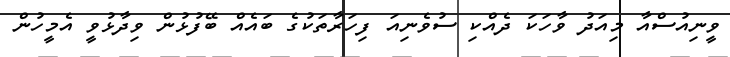
ވީނިއުސްއާ މިއަދު ވާހަކަ ދެއްކި ސުވެނިއަ ފިހަރާތަކުގެ ބައެއް ބޭފުޅުން ވިދާޅުވީ އެމީހުން